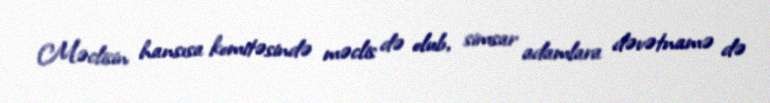
Məclisin hansısa komitəsində məclis də olub, simsar adamlara dəvətnamə də